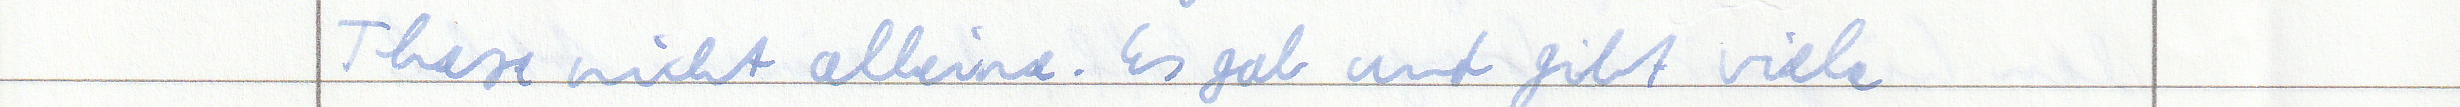
These nicht alleine. Es gab und gibt viele